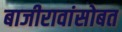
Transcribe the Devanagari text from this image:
बाजीरावांसोबत